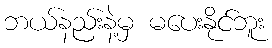
ဘယ်နည်းနဲ့မှ မပေးနိုင်ဘူး